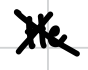
Text: He
Cross-out: cross
Writing tool: digital_black